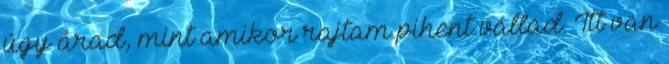
úgy árad, mint amikor rajtam pihent vállad. Itt van